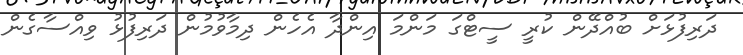
ދަރިފުޅަށް ބުއްދޭން ކުރީ ސީޓްގަ މަންމަ އިންދާ އެހެން ދިމާވުމުން ދަރިފުޅު ވިއްސާގެން